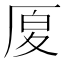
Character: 𠩴